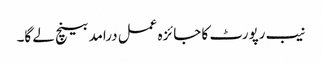
نیب رپورٹ کا جائزہ عمل درامد بینچ لے گا۔